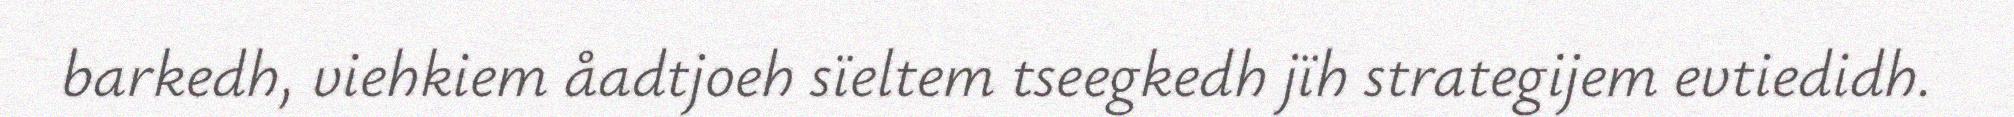
barkedh, viehkiem åadtjoeh sïeltem tseegkedh jïh strategijem evtiedidh.